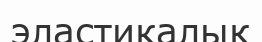
эластикалық